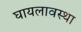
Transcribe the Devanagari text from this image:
घायलावस्था